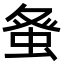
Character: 𮔇